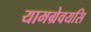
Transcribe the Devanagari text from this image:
यामग्रेवयसि